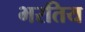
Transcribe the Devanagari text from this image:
भरतिय